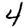
Digit: 4